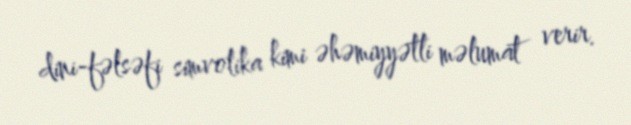
dini-fəlsəfi simvolika kimi əhəmiyyətli məlumat verir.